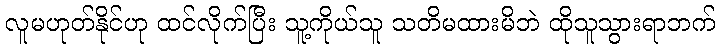
လူမဟုတ်နိုင်ဟု ထင်လိုက်ပြီး သူ့ကိုယ်သူ သတိမထားမိဘဲ ထိုသူသွားရာဘက်